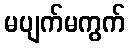
မပျက်မကွက်